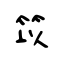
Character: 笖